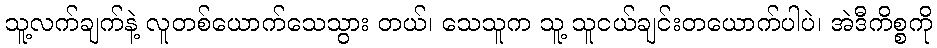
သူ့လက်ချက်နဲ့ လူတစ်ယောက်သေသွား တယ်၊ သေသူက သူ့ သူငယ်ချင်းတယောက်ပါပဲ၊ အဲဒီကိစ္စကို